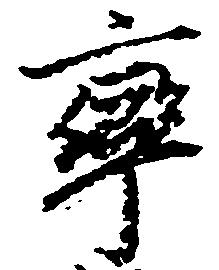
率